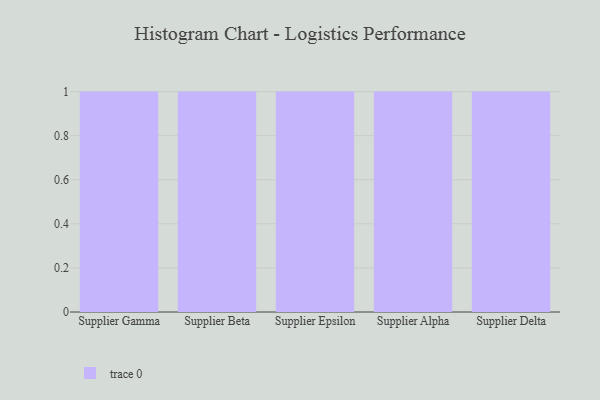
{"axis": {"x": "Supplier", "y": "Churn Rate (%)"}, "legend": [""], "data": [{"x": "Supplier Gamma", "y": 6, "type": ""}, {"x": "Supplier Beta", "y": 58, "type": ""}, {"x": "Supplier Epsilon", "y": 13, "type": ""}, {"x": "Supplier Alpha", "y": 43, "type": ""}, {"x": "Supplier Delta", "y": 7, "type": ""}]}